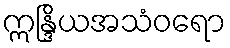
ဣန္ဒြိယအသံဝရော